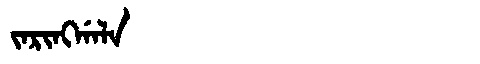
Manchu: ᠵᠠᡵᡳᠩᡤᠠᠯᠠ
Romanization: JARINGGALA